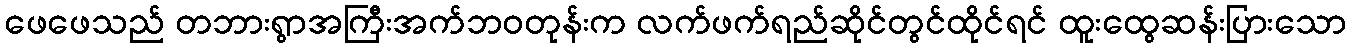
ဖေဖေသည် တဘားရွာအကြီးအက်ဘဝတုန်းက လက်ဖက်ရည်ဆိုင်တွင်ထိုင်ရင် ထူးထွေဆန်းပြားသော